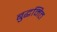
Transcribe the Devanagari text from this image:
बुद्धमित्त